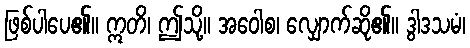
ဖြစ်ပါပေ၏။ ဣတိ၊ ဤသို့။ အဝေါစ၊ လျှောက်ဆို၏။ ဒွါဒသမံ၊